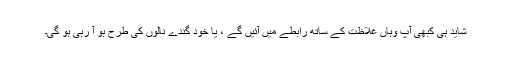
شاید ہی کبھی آپ وہاں غلاظت کے ساتھ رابطے میں آئیں گے ، یا خود گندے نالوں کی طرح بو آ رہی ہو گی۔